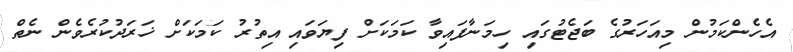
އެހެންކަމުން މިއަހަރުގެ ބަޖެޓުގައި ހިމަނާފައިވާ ކަމަކަށް ފިޔަވައި އިތުރު ކަމަކަށް ޚަރަދުކުރެވެން ނެތް